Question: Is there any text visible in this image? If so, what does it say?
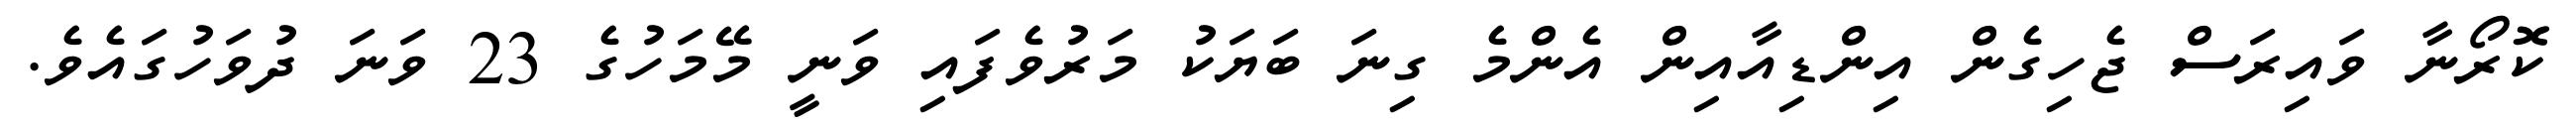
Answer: ކޮރޯނާ ވައިރަސް ޖެހިގެން އިންޑިއާއިން އެންމެ ގިނަ ބަޔަކު މަރުވެފައި ވަނީ މޭމަހުގެ 23 ވަނަ ދުވަހުގައެވެ.